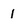
Character: I